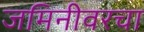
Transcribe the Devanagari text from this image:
जमिनीवरचा